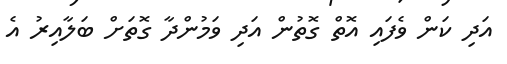
އަދި ކަން ވެފައި އޮތް ގޮތުން އަދި ވަމުންދާ ގޮތަށް ބަލާއިރު އެ